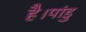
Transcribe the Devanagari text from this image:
है।पांडु